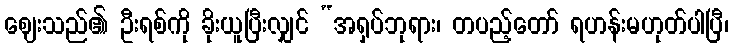
ဈေးသည်၏ ဦးရစ်ကို ခိုးယူပြီးလျှင် “အရှပ်ဘုရား၊ တပည့်တော် ရဟန်းမဟုတ်ပါပြီ၊